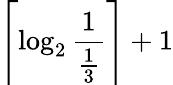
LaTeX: \left\lceil\log_{2}{\frac{1}{\frac{1}{3}}}\right\rceil+1